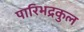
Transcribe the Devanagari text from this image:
पारिभद्रकुल